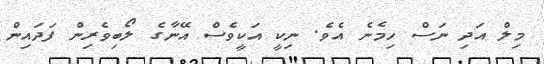
މިލް އަދި ނަސް ހިމެނެ އެވެ. ނިކީ އަކީވެސް އޭނާގެ ލޯބިވެރިން ފަދައިން